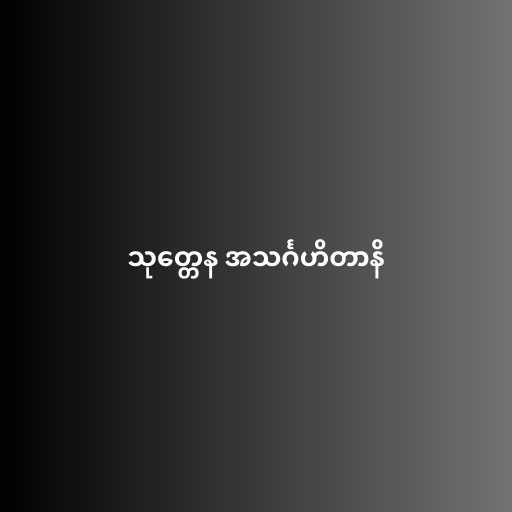
သုတ္တေန အသင်္ဂဟိတာနိ